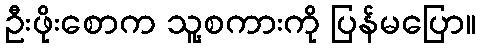
ဦးဖိုးစောက သူ့စကားကို ပြန်မပြော။